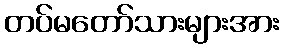
တပ်မတော်သားများအား